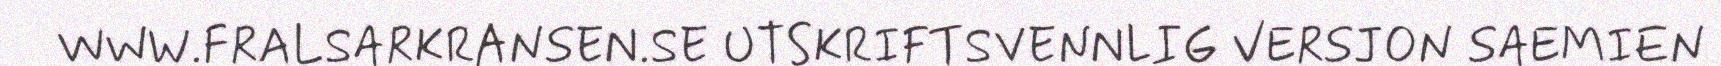
WWW.FRALSARKRANSEN.SE UTSKRIFTSVENNLIG VERSJON SAEMIEN